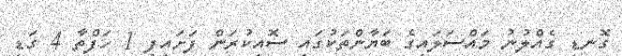
ގޮނޑި ގެއްލުނު މައްސަލައިގެ ބަޔާންތަކުގައި ސޮއިކުރަން ފަށައިފި 1 ހަފްތާ 4 ގަޑި